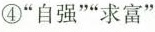
④”自强””求富”